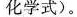
化学式)。